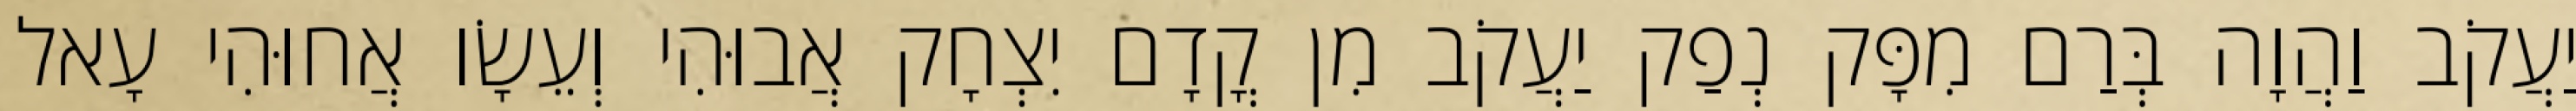
יַעֲקֹב וַהֲוָה בְּרַם מִפָּק נְפַק יַעֲקֹב מִן קֳדָם יִצְחָק אֲבוּהִי וְעֵשָׂו אֲחוּהִי עָאל